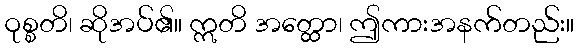
ဝုစ္စတိ၊ ဆိုအပ်၏။ ဣတိ အတ္ထော၊ ဤကားအနက်တည်း။